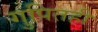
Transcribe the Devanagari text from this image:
गुपितही